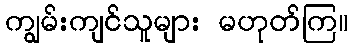
ကျွမ်းကျင်သူများ မဟုတ်ကြ။